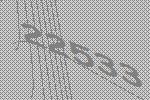
22533